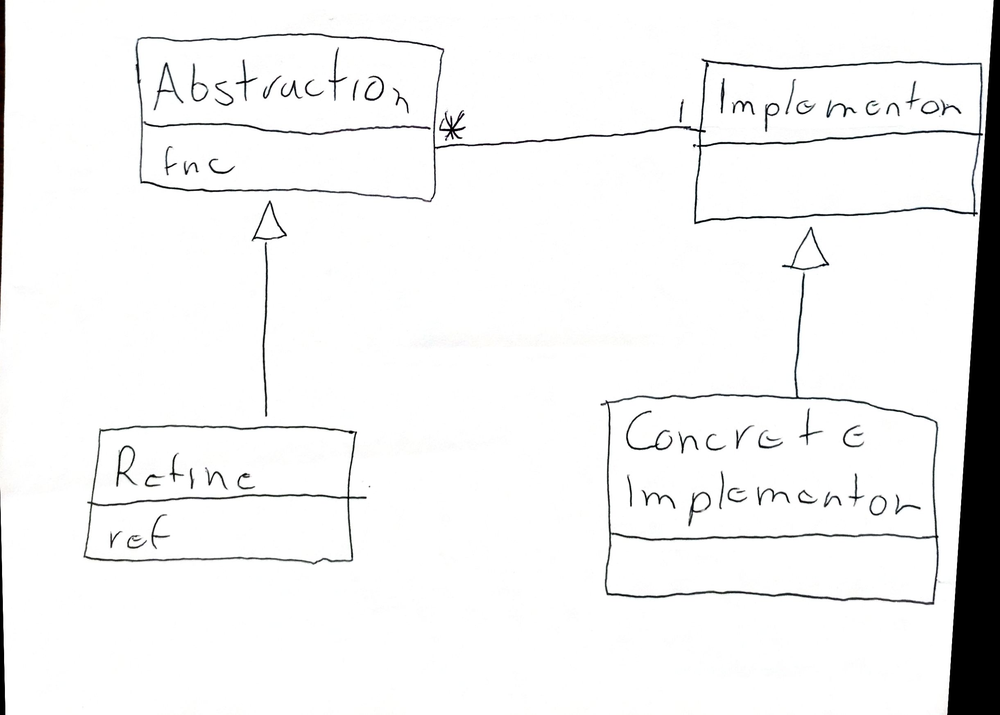
Diagram type: class_diagram
```plantuml
@startuml

class Abstraction {
  fnc
}

class Refine extends Abstraction {
  ref
}

class Implementor

class ConcreteImplementor extends Implementor

Abstraction "*" --  "1" Implementor

@enduml
```